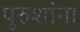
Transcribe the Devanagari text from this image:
पुरुशांना